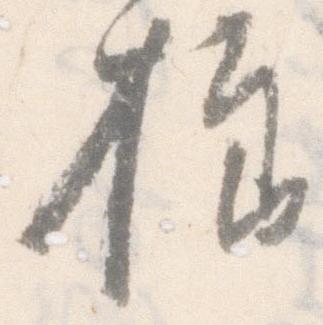
様